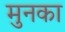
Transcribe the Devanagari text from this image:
मुनका